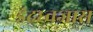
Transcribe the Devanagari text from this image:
इंद्रध्वजास